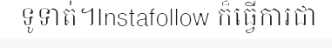
ទូទាត់។Instafollow ក៏ធ្វើការជា